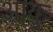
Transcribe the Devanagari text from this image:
आयुः